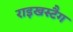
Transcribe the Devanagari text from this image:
राइखस्टैग